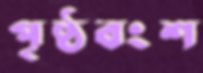
পৃষ্ঠবংশ